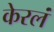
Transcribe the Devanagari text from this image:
केरलं